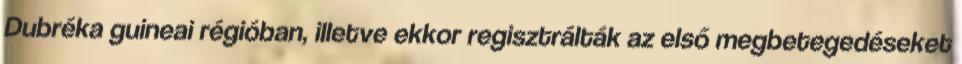
Dubréka guineai régióban, illetve ekkor regisztrálták az első megbetegedéseket